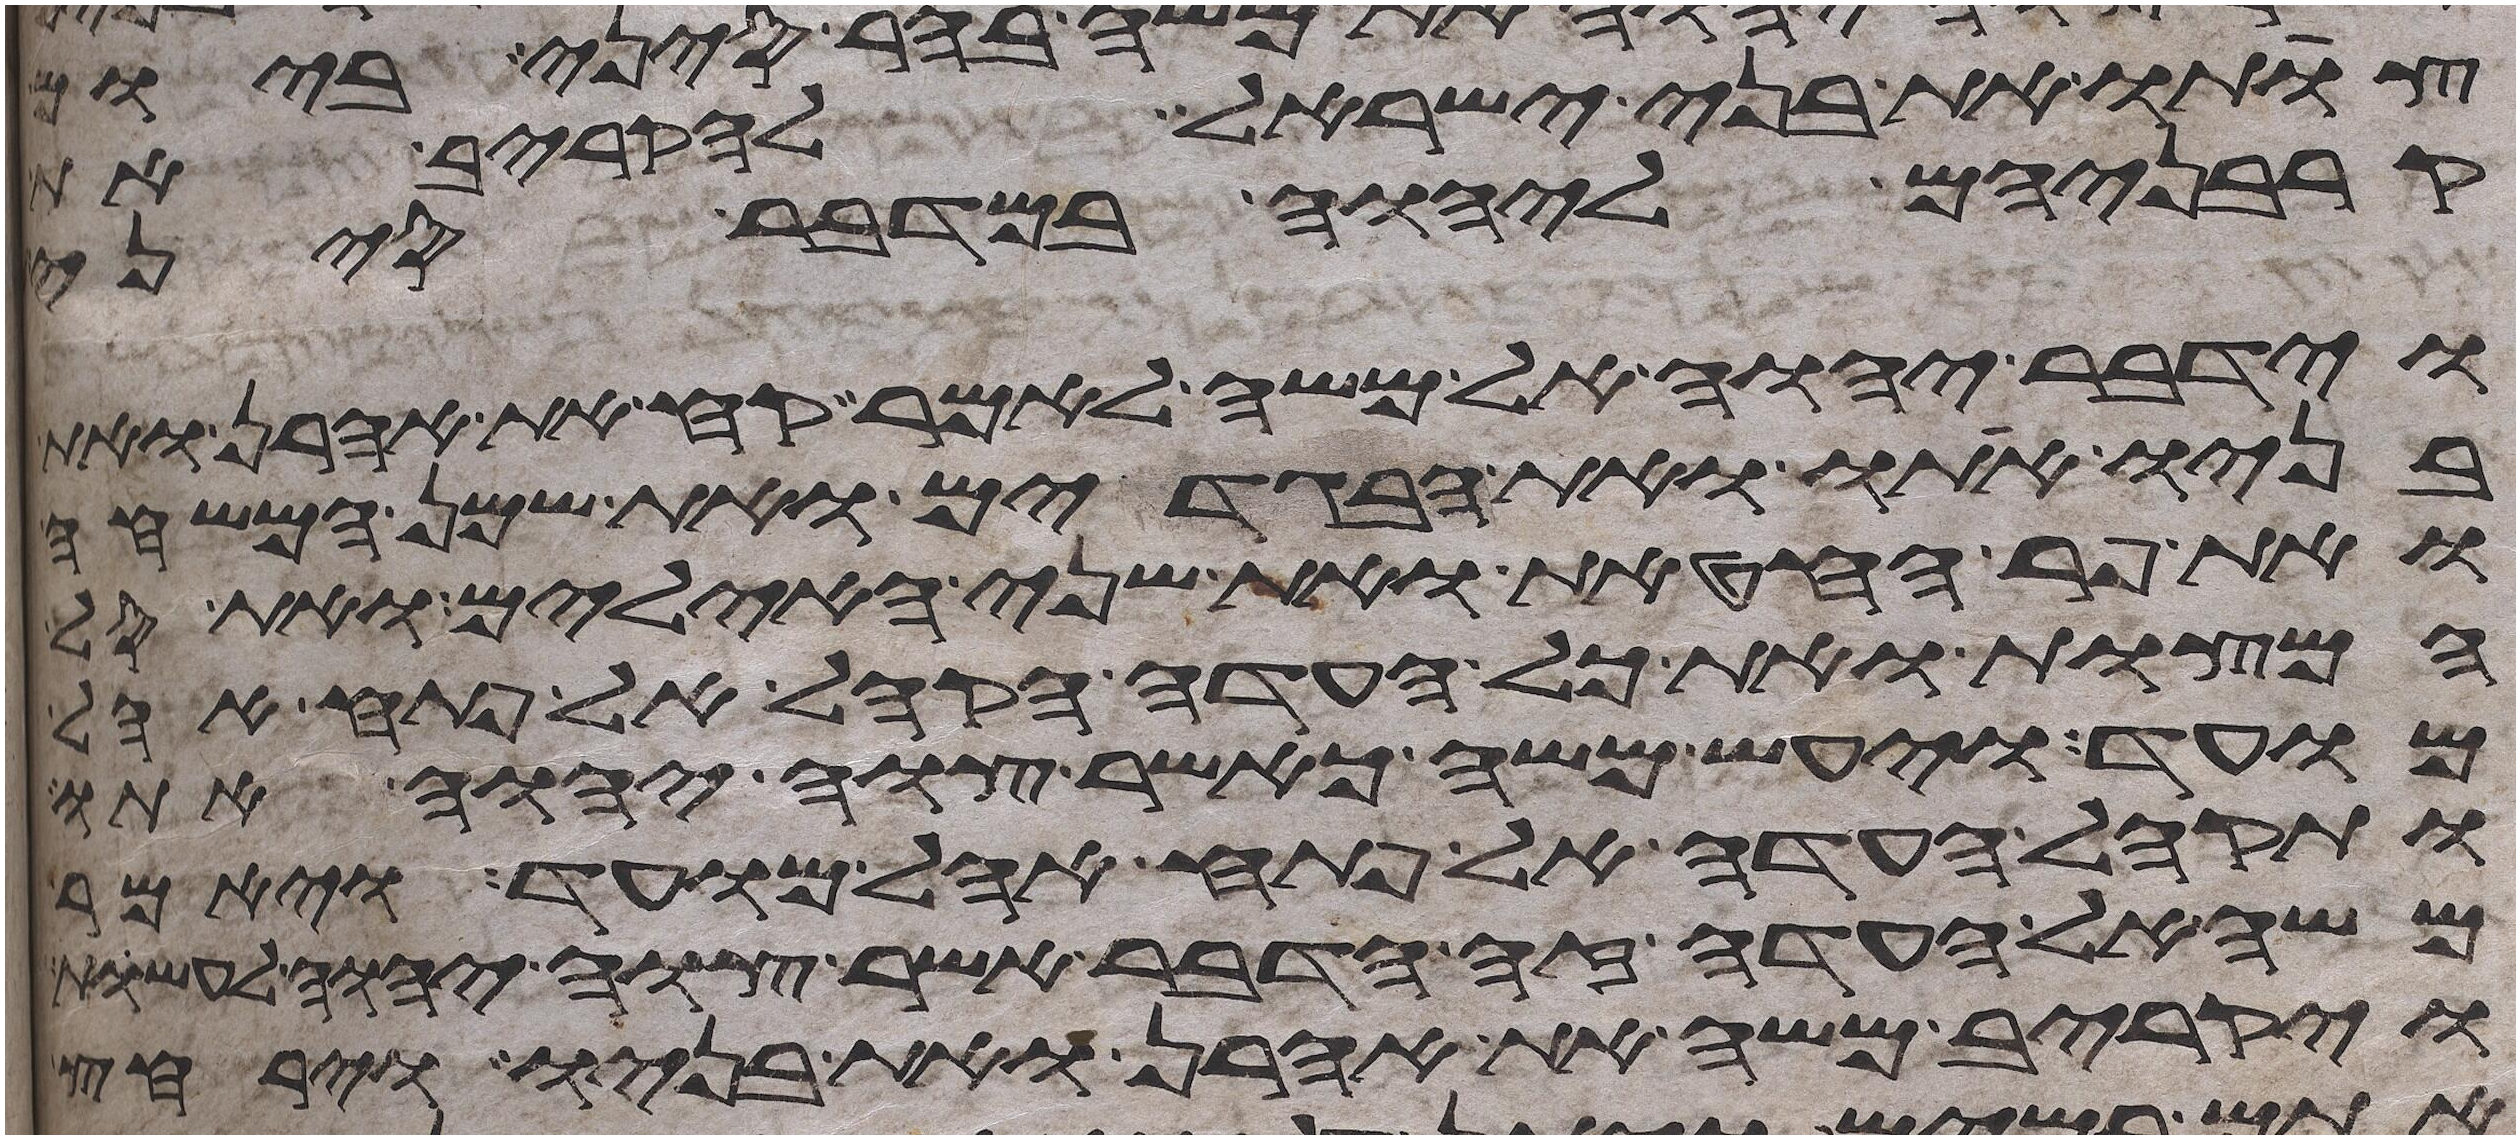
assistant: צותו את בני ישראל להקריב את
קרבניהם ליהוה במדבר סיני
וידבר יהוה אל משה לאמר קח את אהרן ואת
בניו אתו ואת הבגדים ואת שמן המשחה
ואת פר החטאת ואת שני האילים ואת סל
המצות ואת כל העדה הקהל אל פתח אהל
מועד ויעש משה כאשר צוה יהוה אתו
ותקהל העדה אל פתח אהל מועד ויאמר
משה אל העדה זה הדבר אשר צוה יהוה לעשות
ויקריב משה את אהרן ואת בניו וירחץ